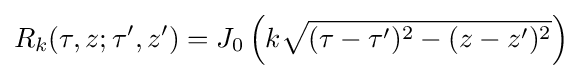
R_{k}(\tau ,z;\tau ',z')=J_{0}\left(k{\sqrt {(\tau -\tau ')^{2}-(z-z')^{2}}}\right)